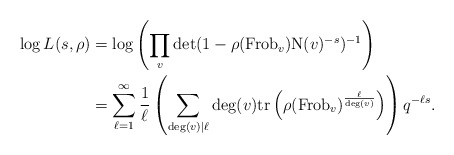
\begin{align*}\log L(s, \rho) &= \log \left(\prod_{v} \det(1-\rho(\mathrm{Frob}_{v}) \mathrm{N}(v)^{-s})^{-1} \right)\\& = \sum_{\ell = 1}^{\infty} \frac{1}{\ell} \left(\sum_{\deg(v) \mid \ell} \deg(v) \mathrm{tr} \left(\rho(\mathrm{Frob}_{v})^{\frac{\ell}{\deg(v)}} \right) \right) q^{-\ell s}.\end{align*}